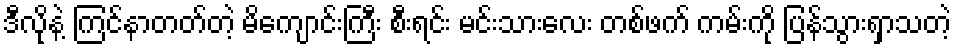
ဒီလိုနဲ့ ကြင်နာတတ်တဲ့ မိကျောင်းကြီး စီးရင်း မင်းသားလေး တစ်ဖက် ကမ်းကို ပြန်သွားရှာသတဲ့